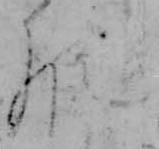
の